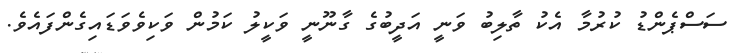
ސަސްޕެންޑު ކުރުމާ އެކު ތާލިބު ވަނީ އަދީބުގެ ގާނޫނީ ވަކީލު ކަމުން ވަކިވެވަޑައިގެންފައެވެ.